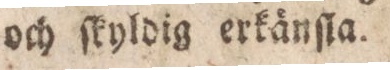
och ſkyldig erkänſta.